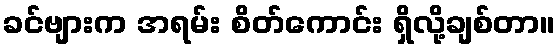
ခင်ဗျားက အရမ်း စိတ်ကောင်း ရှိလို့ချစ်တာ။